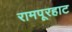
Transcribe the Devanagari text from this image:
रामपूरहाट